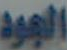
الجود